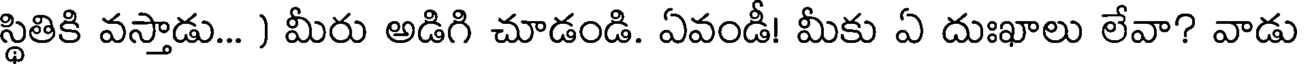
స్థితికి వస్తాడు... ) మీరు అడిగి చూడండి. ఏవండీ! మీకు ఏ దుఃఖాలు లేవా? వాడు